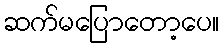
ဆက်မပြောတော့ပေ။